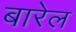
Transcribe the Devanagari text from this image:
बारेल